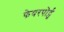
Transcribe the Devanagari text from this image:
फेयरपोर्ट्स